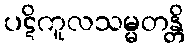
ပဋိကူလသမ္မတန္တိ